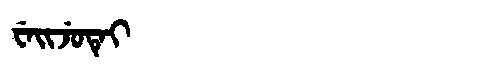
Manchu: ᠸᡝᡳᠵᡠᡨᡝᡳ
Romanization: WEIJUTEI